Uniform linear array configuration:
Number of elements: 4
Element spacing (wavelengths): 0.5
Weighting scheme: blackman
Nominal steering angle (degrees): -45
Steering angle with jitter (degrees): -46.76
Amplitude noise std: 0.05
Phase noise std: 0.05

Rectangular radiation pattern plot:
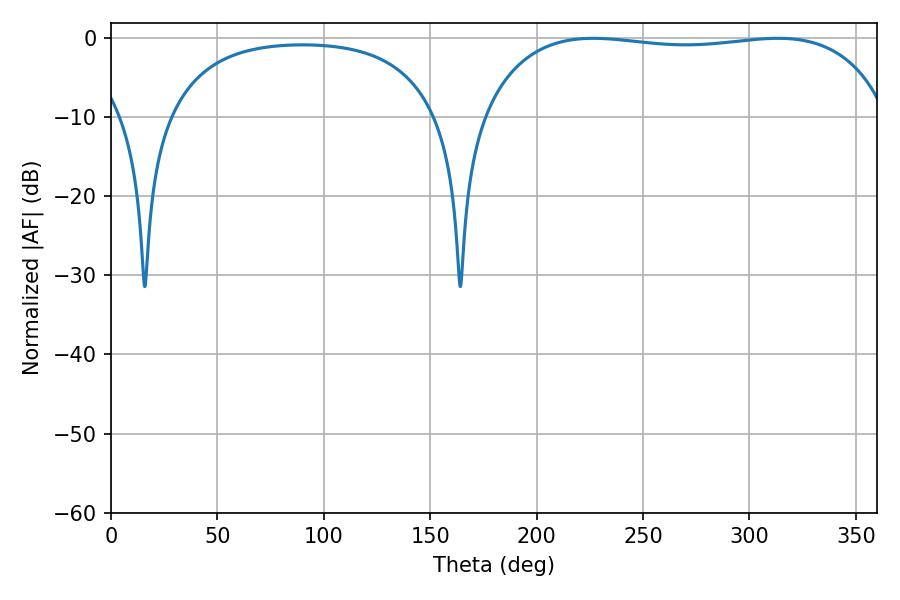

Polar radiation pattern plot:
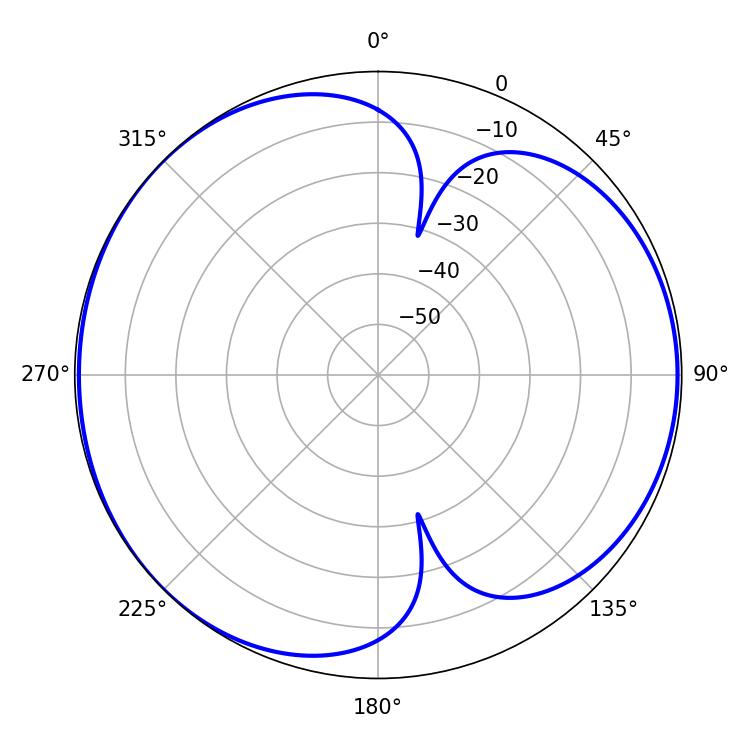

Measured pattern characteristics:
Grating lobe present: FALSE
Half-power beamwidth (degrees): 153.72
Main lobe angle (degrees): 226.62